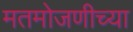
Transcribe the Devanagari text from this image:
मतमोजणीच्या